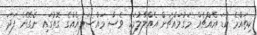
ކިތައްމެ ކުޑަ އެއްޗެއް މަގުމައްޗަށް އެއްލާލުމަކީ ވެސް މައްސަލައެއްގެ ގޮތުގައި ނެގޭނެ ފަދަ